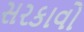
સરકાવો